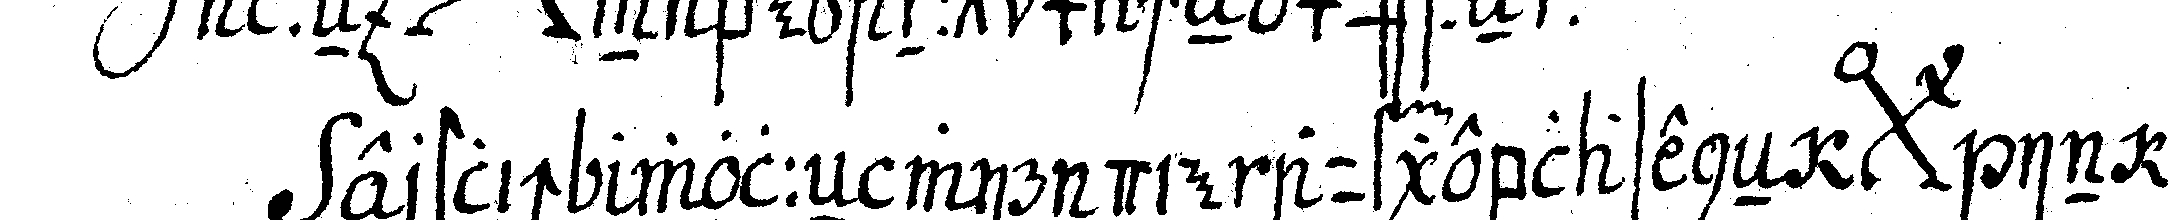
erstlich wolleN wir die aufgeblaseneN *bigx* in ih